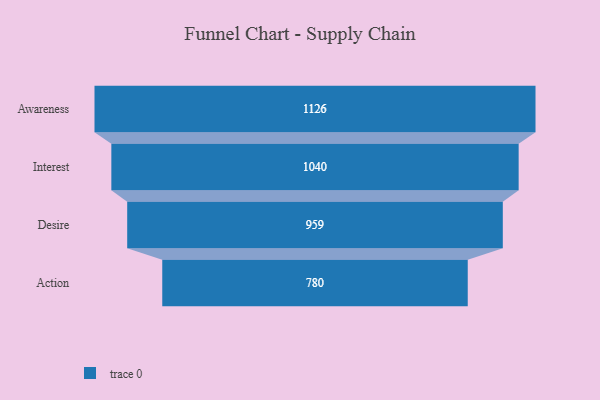
{"axis": {"x": "Stage", "y": "Value"}, "legend": [""], "data": [{"x": "Awareness", "y": 1126.0, "type": ""}, {"x": "Interest", "y": 1040.0, "type": ""}, {"x": "Desire", "y": 959.0, "type": ""}, {"x": "Action", "y": 780.0, "type": ""}]}